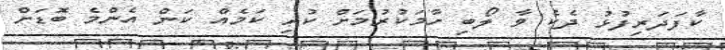
ކާފަދަރިފުޅު ދެކެ ވާ ލޯބި ހާމަކުރުމަށް ކުރި ކަމެއް ކަން އެންމެ ބޮޑަށް